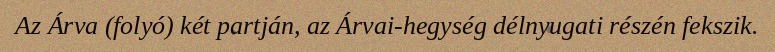
Az Árva (folyó) két partján, az Árvai-hegység délnyugati részén fekszik.